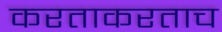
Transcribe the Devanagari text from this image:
करताकरताच